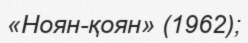
«Ноян-қоян» (1962);